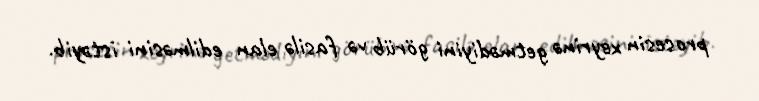
prosesin xeyrinə getmədiyini görüb və fasilə elan edilməsini istəyib.